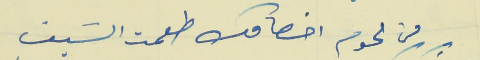
من لحوم اخصامك طعمت السَيف